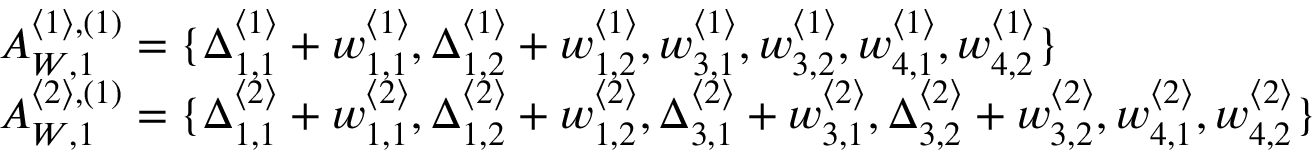
\begin{array} { r l } & { A _ { W , 1 } ^ { \langle 1 \rangle , ( 1 ) } = \{ \Delta _ { 1 , 1 } ^ { \langle 1 \rangle } + w _ { 1 , 1 } ^ { \langle 1 \rangle } , \Delta _ { 1 , 2 } ^ { \langle 1 \rangle } + w _ { 1 , 2 } ^ { \langle 1 \rangle } , w _ { 3 , 1 } ^ { \langle 1 \rangle } , w _ { 3 , 2 } ^ { \langle 1 \rangle } , w _ { 4 , 1 } ^ { \langle 1 \rangle } , w _ { 4 , 2 } ^ { \langle 1 \rangle } \} } \\ & { A _ { W , 1 } ^ { \langle 2 \rangle , ( 1 ) } = \{ \Delta _ { 1 , 1 } ^ { \langle 2 \rangle } + w _ { 1 , 1 } ^ { \langle 2 \rangle } , \Delta _ { 1 , 2 } ^ { \langle 2 \rangle } + w _ { 1 , 2 } ^ { \langle 2 \rangle } , \Delta _ { 3 , 1 } ^ { \langle 2 \rangle } + w _ { 3 , 1 } ^ { \langle 2 \rangle } , \Delta _ { 3 , 2 } ^ { \langle 2 \rangle } + w _ { 3 , 2 } ^ { \langle 2 \rangle } , w _ { 4 , 1 } ^ { \langle 2 \rangle } , w _ { 4 , 2 } ^ { \langle 2 \rangle } \} } \end{array}